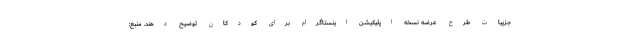
جزییات طرح عرضه نسخه اپلیکیشن اینستاگرام برای کودکان توضیح دهند. منبع: